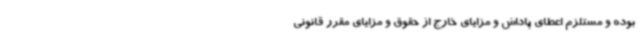
بوده و مستلزم اعطای پاداش و مزایای خارج از حقوق و مزایای مقرر قانونی